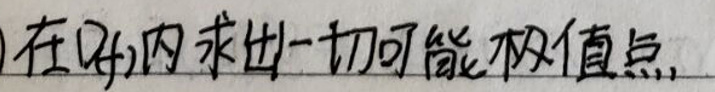
在\((a,b)\)内求出一切可能极值点.